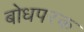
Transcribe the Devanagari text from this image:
बोधपरक